Annual report on the health of the army in India
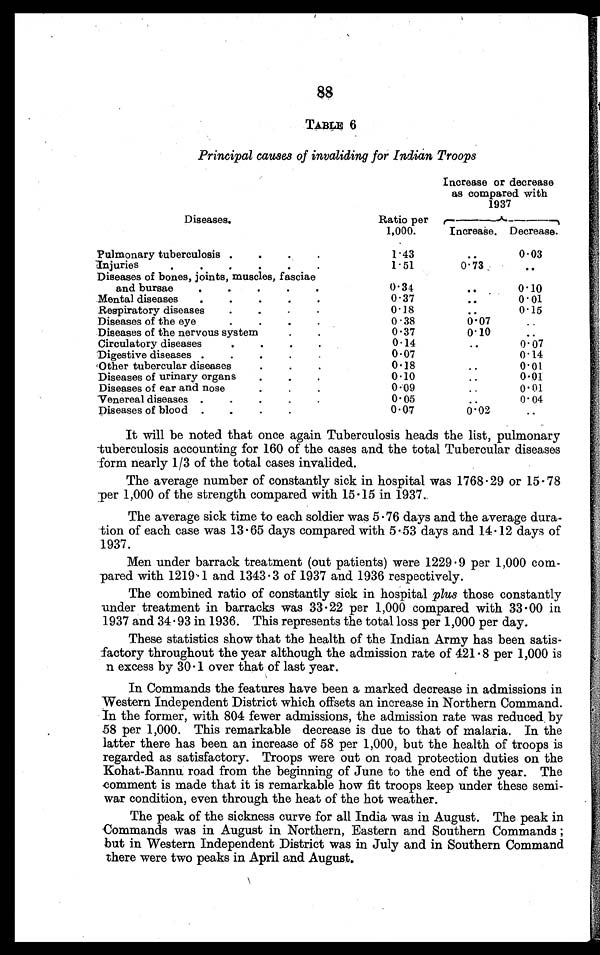
88
TABLE 6
Principal causes of invaliding for Indian Troops
Increase or decrease
as compared with
1937
Diseases.
Ratio per
1,000.
Increase. Decrease.
Pulmonary tuberculosis
1.43
..
0.03
Injuries
1.51
0.73
. .
Diseases of bones, joints, muscles, fasciae
and bursae
0 . 3 4
..
0.10
Mental diseases
0.37
..
0.01
Respiratory diseases
0.18
..
0.15
Diseases of the eye.
0.38
0.07
. .
Diseases of the nervous system
0 . 3 7
0.10
..
Circulatory diseases
0.14
..
0.07
Digestive diseases
0.07
0.14
Other tubercular diseases
0.18
..
0.01
Diseases of urinary organs
0 . 1 0
..
0.01
Diseases of ear and nose
0.09
..
0.01
Venereal diseases
0.05
. . 0.04
Diseases of blood
0.07
0.02
. .
It will be noted that once again Tuberculosis heads the list, pulmonary
tuberculosis accounting for 160 of the cases and the total Tubercular diseases
form nearly 1/3 of the total cases invalided.
The average number of constantly sick in hospital was 1768.29 or 15.78
per 1,000 of the strength compared with 15.15 in 1937.
The average sick time to each soldier was 5.76 days and the average dura-
tion of each case was 13.65 days compared with 5.53 days and 14.12 days of
1937.
Men under barrack treatment (out patients) were 1229.9 per 1,000 com-
pared with 1219.1 and 1343.3 of 1937 and 1936 respectively.
The combined ratio of constantly sick in hospital plus those constantly
under treatment in barracks was 33.22 per 1,000 compared with 33.00 in
1937 and 34.93 in 1936. This represents the total loss per 1,000 per day.
These statistics show that the health of the Indian Army has been satis-
factory throughout the year although the admission rate of 421.8 per 1,000 is
n excess by 30.1 over that of last year.
In Commands the features have been a marked decrease in admissions in
Western Independent District which offsets an increase in Northern Command.
In the former, with 804 fewer admissions, the admission rate was reduced by
58 per 1,000. This remarkable decrease is due to that of malaria. In the
latter there has been an increase of 58 per 1,000, but the health of troops is
regarded as satisfactory. Troops were out on road protection duties on the
Kohat-Bannu road from the beginning of June to the end of the year. The
comment is made that it is remarkable how fit troops keep under these semi
¬ w a r c o n d i t i o n , e v e n t h r o u g h t h e h e a t o f t h e h o t w e a t h e r .
The peak of the sickness curve for all India was in August. The peak in
Commands was in August in Northern, Eastern and Southern Commands ;
but in Western Independent District was in July and in Southern Command
there were two peaks in April and August.